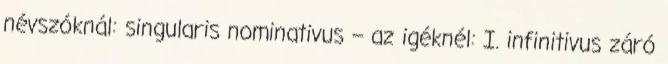
névszóknál: singularis nominativus – az igéknél: I. infinitivus záró